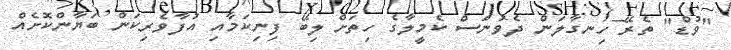
"ވުޑް" ތެރޭ ހިނގާލަން ދެވުނަސް ކެމީލާގެ ހިތަށް ލިބޭ ފިނިކަމާއި އުފާވެރިކަން ބަޔާންކޮށެއް